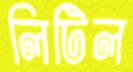
লিটিল